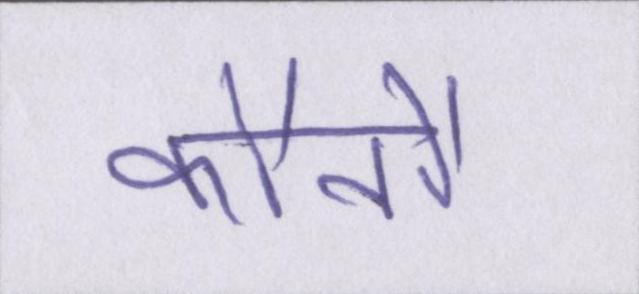
कौनौ